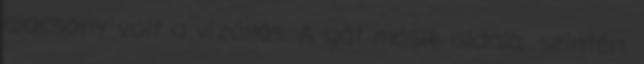
alacsony volt a vízállás. A gát másik oldala, szintén.